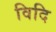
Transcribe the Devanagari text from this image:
विदि